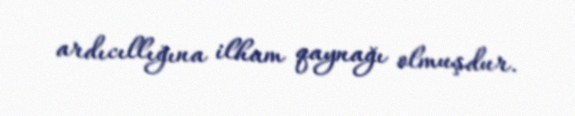
ardıcıllığına ilham qaynağı olmuşdur.